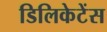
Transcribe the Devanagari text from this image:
डिलिकेटेंस